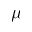
\mu